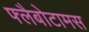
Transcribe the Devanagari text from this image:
फ्लैबोटामस